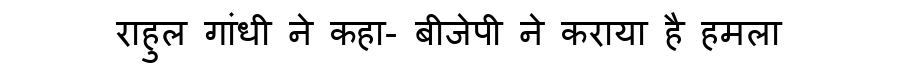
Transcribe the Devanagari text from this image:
राहुल गांधी ने कहा- बीजेपी ने कराया है हमला